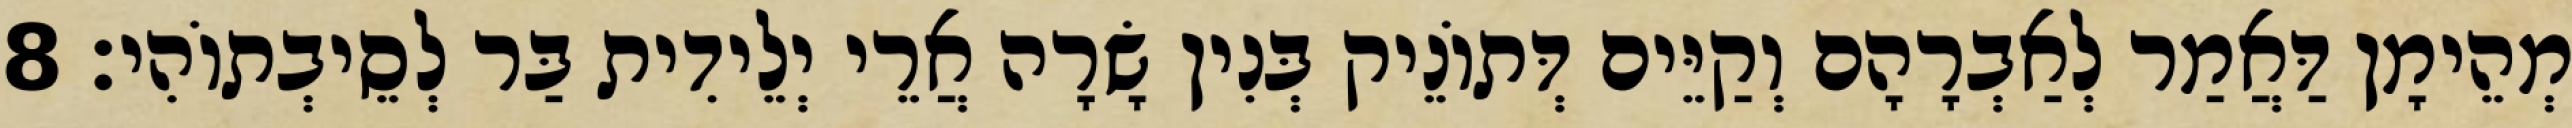
מְהֵימָן דַּאֲמַר לְאַבְרָהָם וְקַיֵּים דְּתוֹנֵיק בְּנִין שָׂרָה אֲרֵי יְלֵידִית בַּר לְסֵיבְתוֹהִי׃ 8